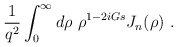
\begin{align*}{1 \over q^2} \int_0^{\infty} d \rho ~\rho^{1-2iGs} J_n(\rho)~.\end{align*}